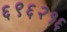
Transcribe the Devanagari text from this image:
६९६२१६